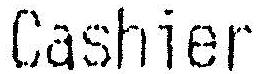
CASHIER